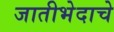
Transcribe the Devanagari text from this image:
जातीभेदाचे